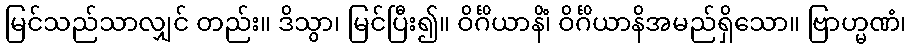
မြင်သည်သာလျှင် တည်း။ ဒိသွာ၊ မြင်ပြီး၍။ ဝိင်္ဂိယာနိံ၊ ဝိင်္ဂိယာနိအမည်ရှိသော။ ဗြာဟ္မဏံ၊